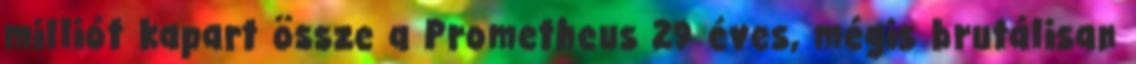
milliót kapart össze a Prometheus 29 éves, mégis brutálisan